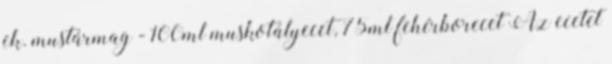
ek. mustármag - 100ml muskotályecet, 75ml fehérborecet Az ecetet